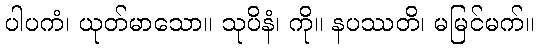
ပါပကံ၊ ယုတ်မာသော။ သုပိနံ၊ ကို။ နပဿတိ၊ မမြင်မက်။